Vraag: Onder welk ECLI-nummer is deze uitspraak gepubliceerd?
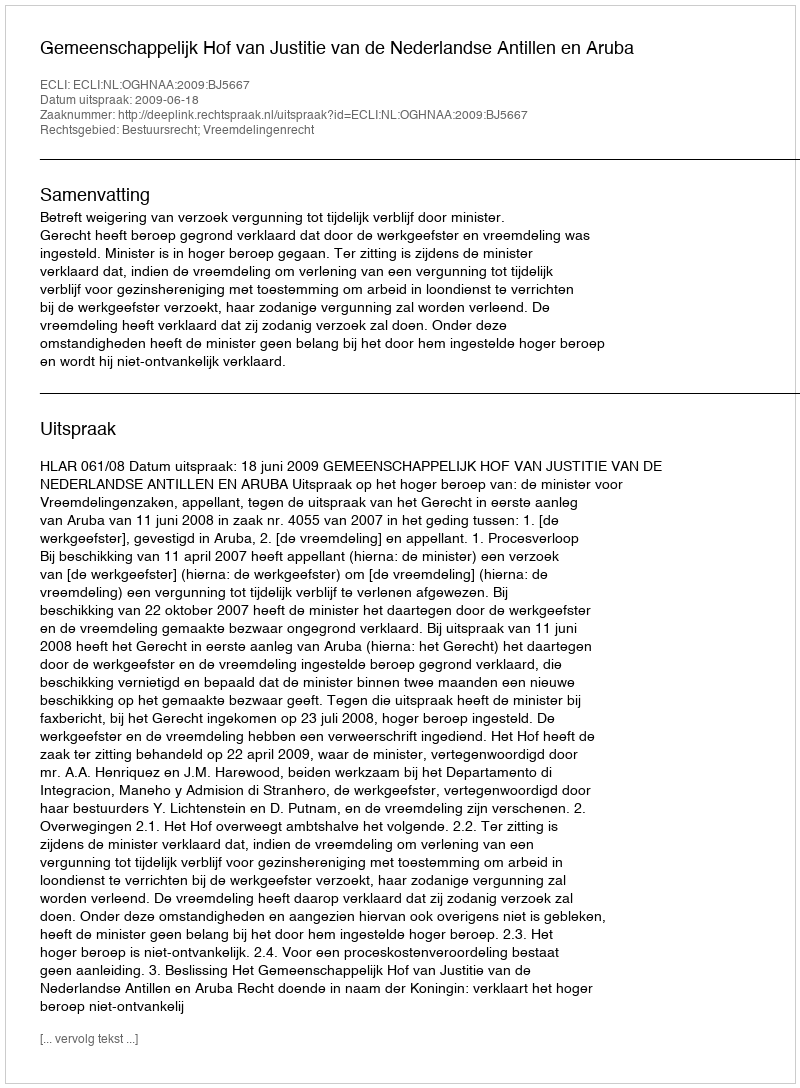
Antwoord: ECLI:NL:OGHNAA:2009:BJ5667